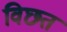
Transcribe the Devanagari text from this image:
विछत